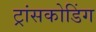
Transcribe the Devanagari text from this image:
ट्रांसकोडिंग